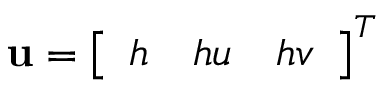
\mathbf u = \left[ \begin{array} { l l l } { h } & { h u } & { h v } \end{array} \right] ^ { T }